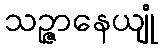
သဉ္ဇာနေယျုံ